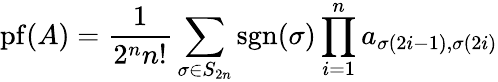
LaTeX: \operatorname{pf}(A)={\frac{1}{2^{n}n!}}\sum_{\sigma\in S_{2n}}\operatorname{sgn}(\sigma)\prod_{i=1}^{n}a_{\sigma(2i-1),\sigma(2i)}